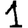
Digit: 1